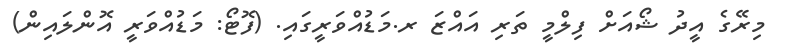
މިރޭގެ އީދު ޝޯއަށް ފިލްމީ ތަރި އައްޒަ ރ.މަޑުއްވަރީގައި. (ފޮޓޯ: މަޑުއްވަރީ އޮންލައިން)